Annual administration report of the Civil Veterinary Department of India - 1901-1902
Year: 1901
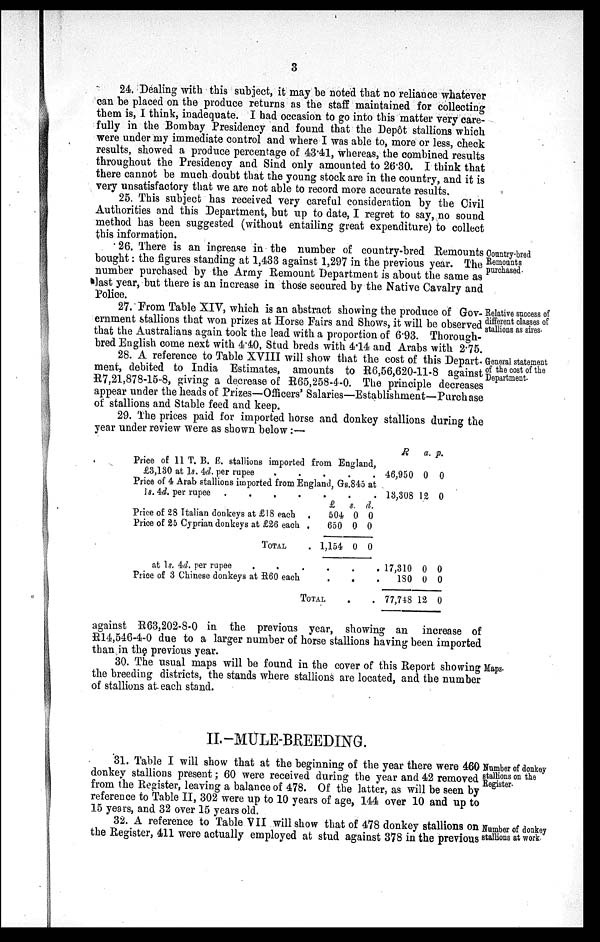
3
24. Dealing with this subject, it may be noted that no reliance whatever
can be placed on the produce returns as the staff maintained for collecting
them is, I think, inadequate. I had occasion to go into this matter very care-
fully in the Bombay Presidency and found that the Depôt stallions which
were under my immediate control and where I was able to, more or less, check
results, showed a produce percentage of 43.41, whereas, the combined results
throughout the Presidency and Sind only amounted to 26.30. I think that
there cannot be much doubt that the young stock are in the country, and it is
very unsatisfactory that we are not able to record more accurate results.
25. This subject has received very careful consideration by the Civil
Authorities and this Department, but up to date, I regret to say, no sound
method has been suggested (without entailing great expenditure) to collect
this information.
Country-bred
Remounts
purchased.
26. There is an increase in the number of country-bred Remounts
bought: the figures standing at 1,433 against 1,297 in the previous year. The
number purchased by the Army Remount Department is about the same as
last year, but there is an increase in those secured by the Native Cavalry and
Police.
Relative success of
different classes of
stallions as sires.
27. From Table XIV, which is an abstract showing the produce of Gov-
ernment stallions that won prizes at Horse Fairs and Shows, it will be observed
that the Australians again took the lead with a proportion of 6.93. Thorough-
bred English come next with 4.40, Stud breds with 4.14 and Arabs with 2.75.
General statement
of the cost of the
Department.
28. A reference to Table XVIII will show that the cost of this Depart-
ment, debited to India Estimates, amounts to R6,56,620-11-8 against
R7,21,878-15-8, giving a decrease of R65,258-4-0. The principle decreases
appear under the heads of Prizes—Officers' Salaries—Establishment—Purchase
of stallions and Stable feed and keep.
29. The prices paid for imported horse and donkey stallions during the
year under review were as shown below :—
Price of 11 T. B. E. stallions imported from England,
£3,180 at 1s. 4d. per rupee . . . . . .
Price of 4 Arab stallions imported from England, Gs.845 at
1s. 4d. per rupee
.
.
.
.
.
.
.
.
£
s. d.
Price of 28 Italian donkeys at £18 each .
504 0 0
Price of 25 Cyprian donkeys at £26 each .
650 0 0
TOTAL
. 1,154 0 0
at 1s. 4.4. per rupee
Price of 3 Chinese donkeys at E60 each
TOTAL
R
46,950
13,308
17,310
180
77,748
a.
0
12
0
0
12
p.
0
0
0
0
0
against R63,202-8-0 in the previous year, showing an increase of
R14,546-4-0 due to a larger number of horse stallions having been imported
than in the previous year.
Maps.
30. The usual maps will be found in the cover of this Report showing
the breeding districts, the stands where stallions are located, and the number
of stallions at each stand.
II.-MULE-BREEDING.
Number of donkey
stallions on the
Register.
31. Table I will show that at the beginning of the year there were 460
donkey stallions present; 60 were received during the year and 42 removed
from the Register, leaving a balance of 478. Of the latter, as will be seen by
reference to Table II, 302 were up to 10 years of age, 144 over 10 and up to
5 years, and 32 over 15 years old.
Number of donkey
stallions at work.
32. A reference to Table VII will show that of 478 donkey stallions on
he Register, 411 were actually employed at stud against 378 in the previous